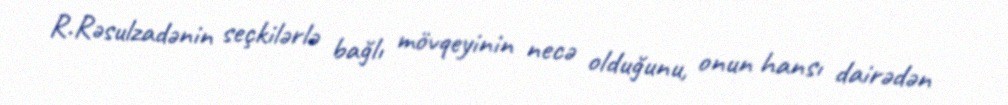
R.Rəsulzadənin seçkilərlə bağlı mövqeyinin necə olduğunu, onun hansı dairədən